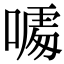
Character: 𠻔